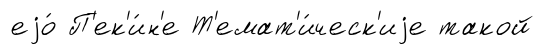
еjо́ П'ек'и́н'е Т'емат'и́ческ'иjе такой